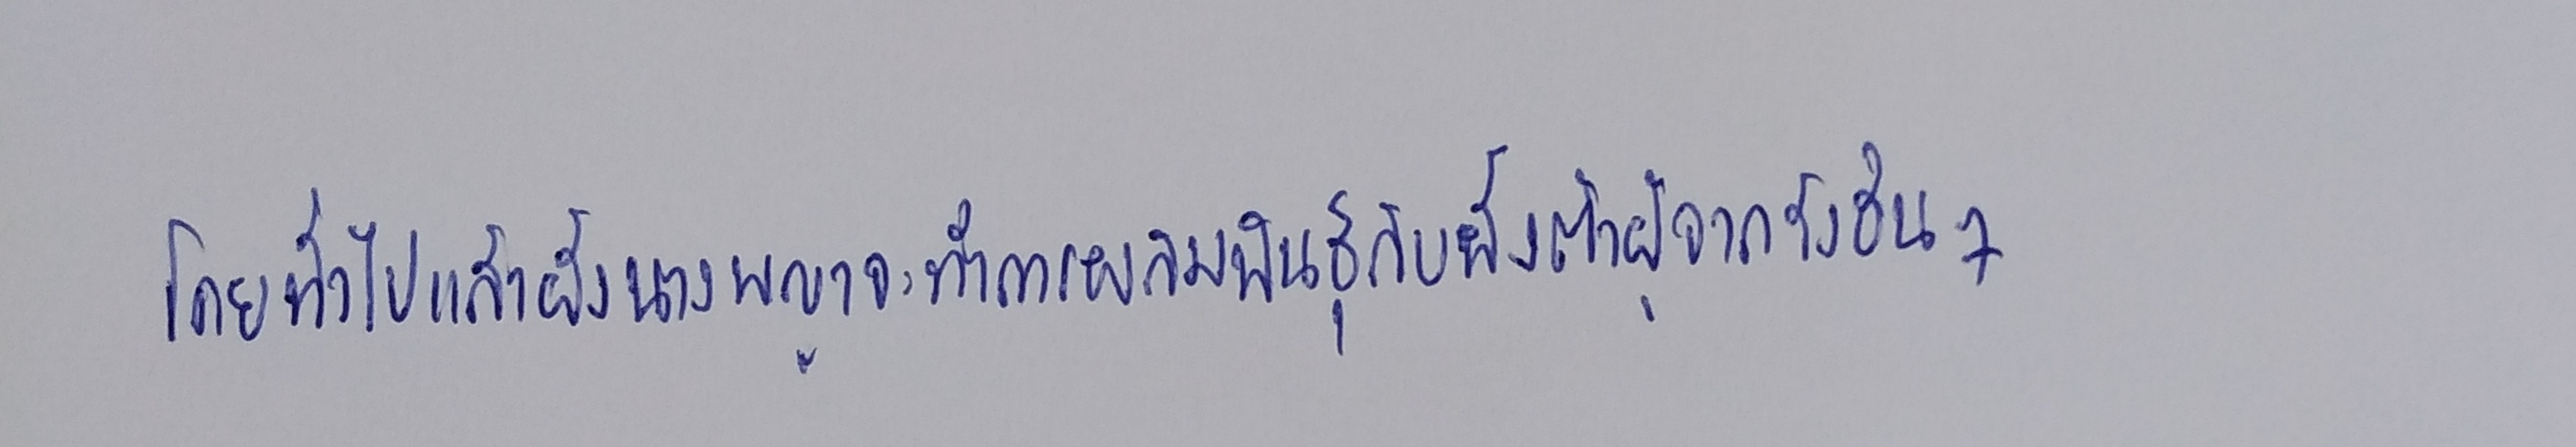
โดยทั่วไปแล้วผึ้งนางพญาจะทำการผสมพันธุ์กับผึ้งตัวผู้จากรังอื่นๆ